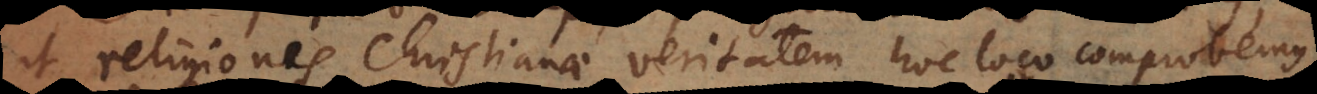
ut religionis Christianae veritatem hoc loco comprobemus,